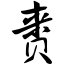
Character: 赉